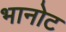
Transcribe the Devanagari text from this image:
भानोट